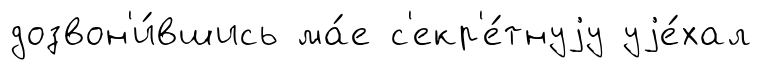
дозвон'и́вшись ма́е с'екр'е́тнуjу уjе́хал